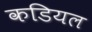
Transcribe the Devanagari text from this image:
कडियल